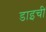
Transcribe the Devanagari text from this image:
डाइची